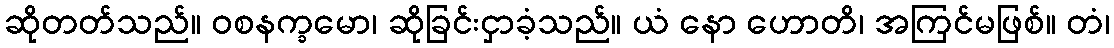
ဆိုတတ်သည်။ ဝစနက္ခမော၊ ဆိုခြင်းငှာခံ့သည်။ ယံ နော ဟောတိ၊ အကြင်မဖြစ်။ တံ၊